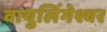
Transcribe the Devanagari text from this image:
वायुलिंगेश्वर